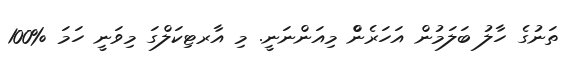
ތަނުގެ ހާލު ބަލަމުން އަހަރެންް މިއަންނަނީ. މި އާރޓިކަލްގަ މިވަނީ ހަމަ %100